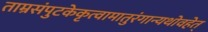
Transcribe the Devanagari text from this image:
ताम्रसंपुटकेकृत्वामातुरंगान्यथोवहेत्